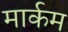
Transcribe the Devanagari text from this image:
मार्कम